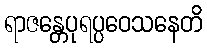
ရာဇန္တေပုရပ္ပဝေသနေတိ